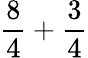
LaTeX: {\frac{8}{4}}+{\frac{3}{4}}